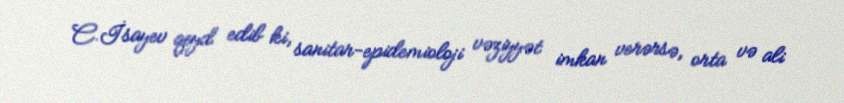
C.İsayev qeyd edib ki, sanitar-epidemioloji vəziyyət imkan verərsə, orta və ali